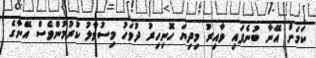
ކަމަށް އޭނާ ބުނެފައި ވާއިރު މިދިޔަ ހޮނިހިރު ދުވަހު މިސުވާލު ކުރުމުންވެސް އޭނާގެ